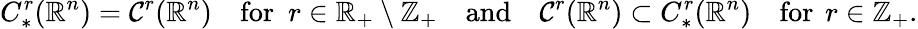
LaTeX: C_{*}^{r}(\mathbb{R}^{n})=\mathcal{C}^{r}(\mathbb{R}^{n})\quad\mathrm{for}\, \, \, r\in\mathbb{R}_{+}\setminus\mathbb{Z}_{+}\quad\mathrm{and}\quad\mathcal{C}^{r}(\mathbb{R}^{n})\subset C_{*}^{r}(\mathbb{R}^{n})\quad\mathrm{for~}\, r\in\mathbb{Z}_{+}.